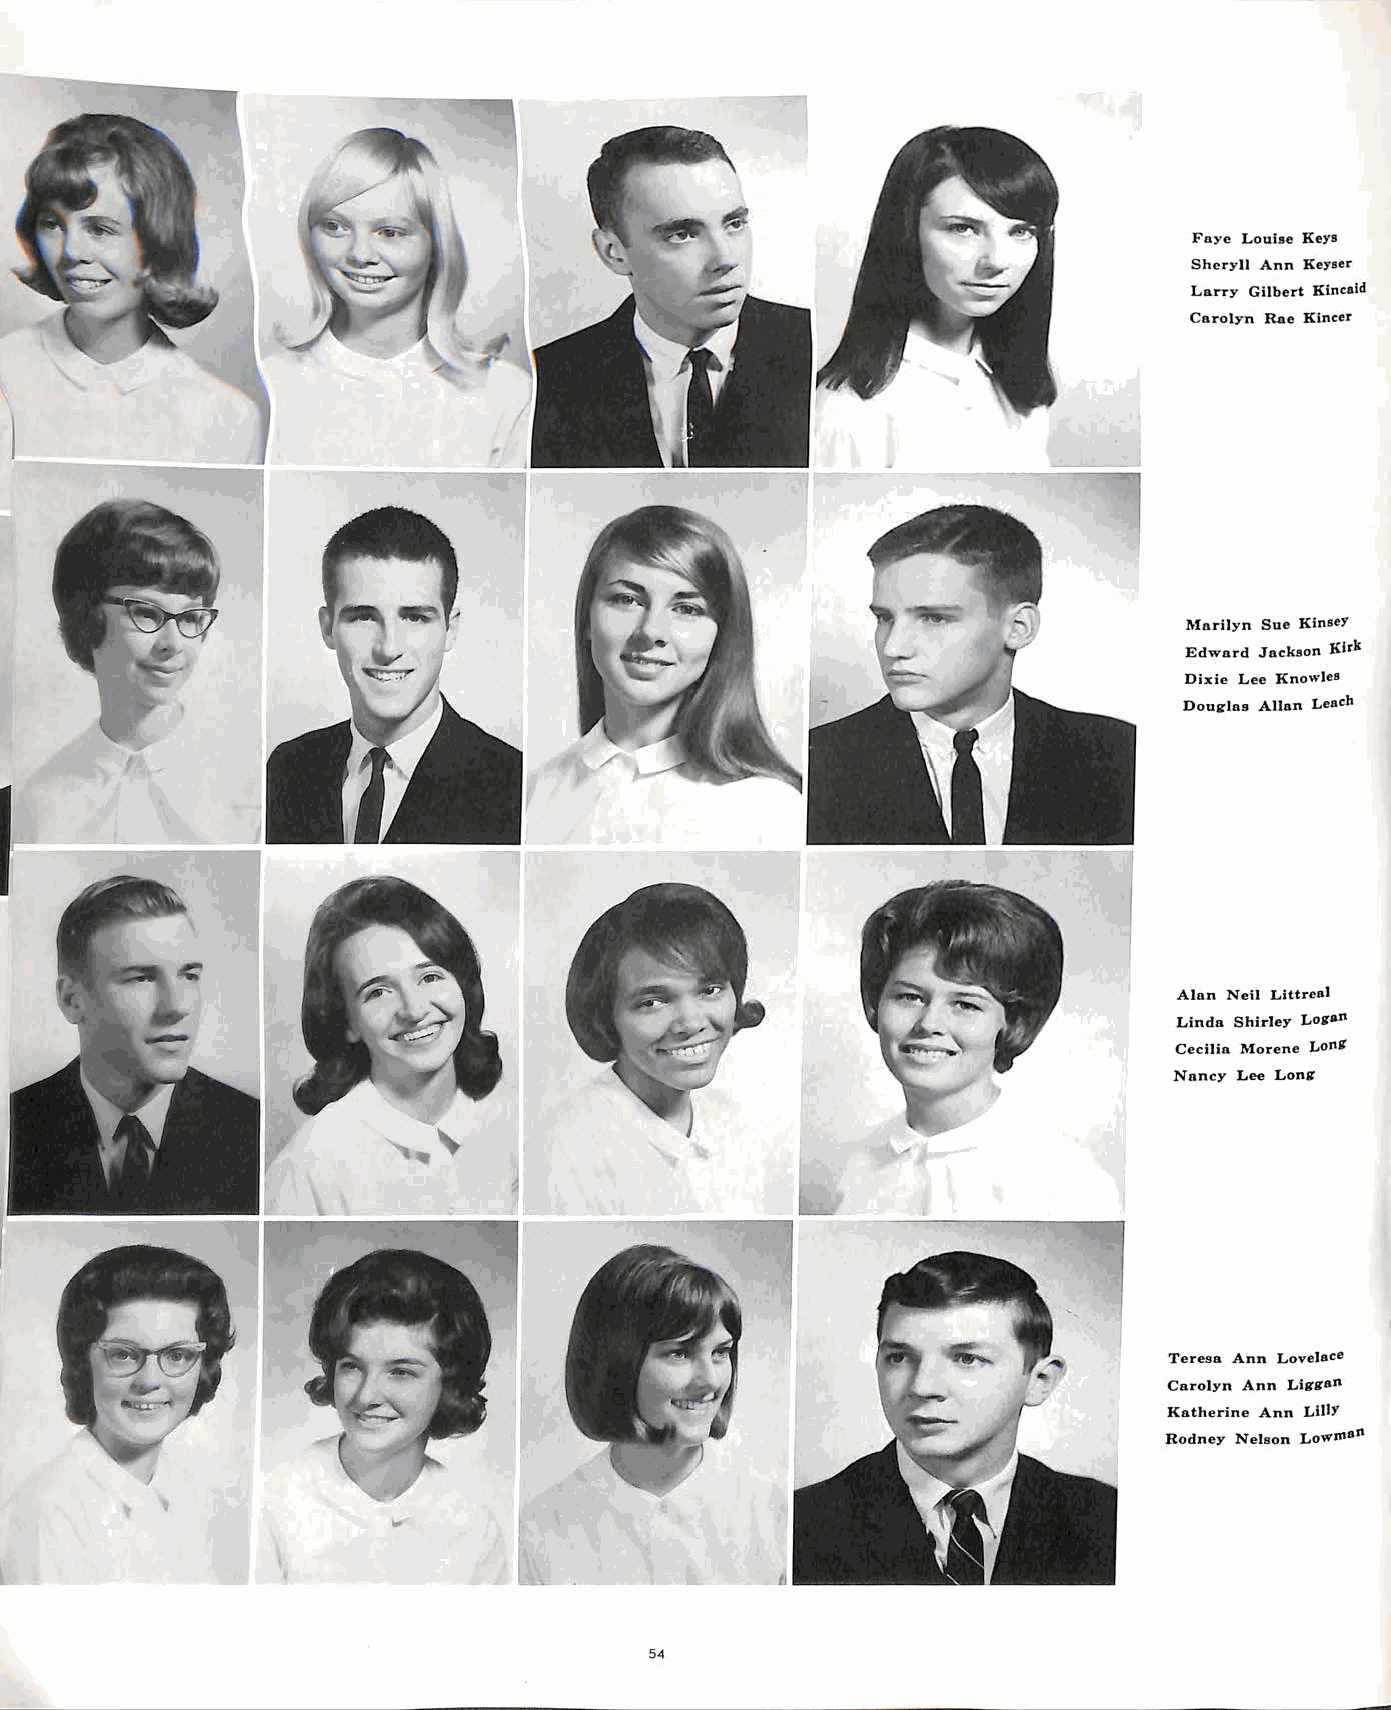
Faye Louise Keys
 Sheryll Ann Keyser
 Larry Gilbert Kincaid
 Carolyn Rae Kincer
 Marilyn Sue KinseY
 Edward Jackson J{irk
 Dixie Lee Knowles
 Douirlos AIJan Leach
 Alan Neil Littreal
 Linda Shirley LoiraJ\
 Cecilia Morene Lonlf
 Nancy Lee Lonlf
 Teresa Ann Lovelace
 Carolyn Ann Lfglf&J\
 Katherine Ann LlllY
 Rodney Nelson Lowrll9J\
 54